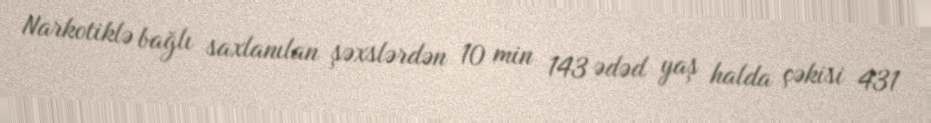
Narkotiklə bağlı saxlanılan şəxslərdən 10 min 143 ədəd yaş halda çəkisi 431